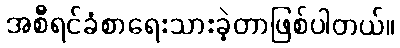
အစီရင်ခံစာရေးသားခဲ့တာဖြစ်ပါတယ်။